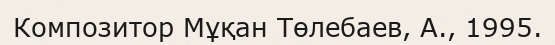
Композитор Мұқан Төлебаев, А., 1995.